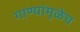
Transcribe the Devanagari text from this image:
गाण्यांमुळेच